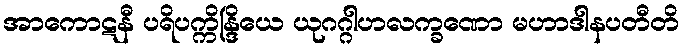
အာကောဋနီ ပရိပက္ကိန္ဒြိယေ ယုဂဂ္ဂါဟလက္ခဏော မဟာဒါနပတီတိ